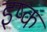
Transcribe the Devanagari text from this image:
इष्क